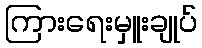
ကြားရေးမှူးချုပ်